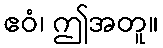
ဧဝံ၊ ဤအတူ။